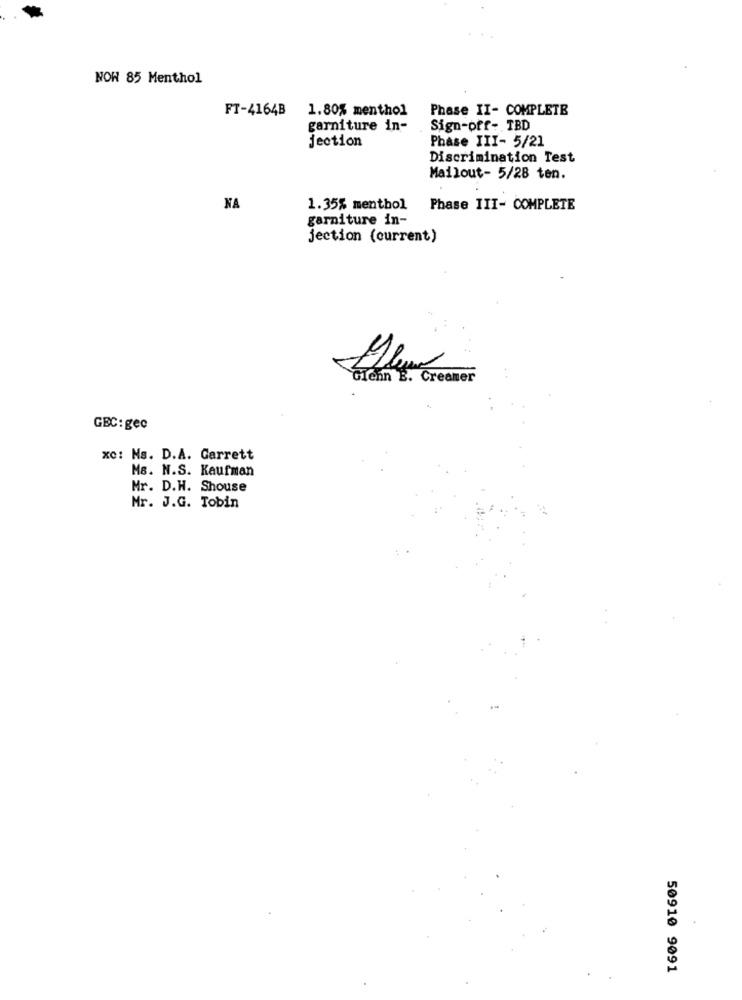
NOW 85 Menthol
FT-4164B
1.80% menthol
Phase II- COMPLETE
garniture in-
Sign-off- TBD
jection
Phase III- 5/21
Discrimination Test
Mailout- 5/28 ten.
NA
1.35% menthol
Phase III- COMPLETE
garniture in-
jection (current)
Glenn B. Creamer
GEC: gec
xc: Ms. D.A. Garrett
MB. N.S. Kaufman
Mr. D.H. Shouse
Mr. J.G. Tobin
50910 9091